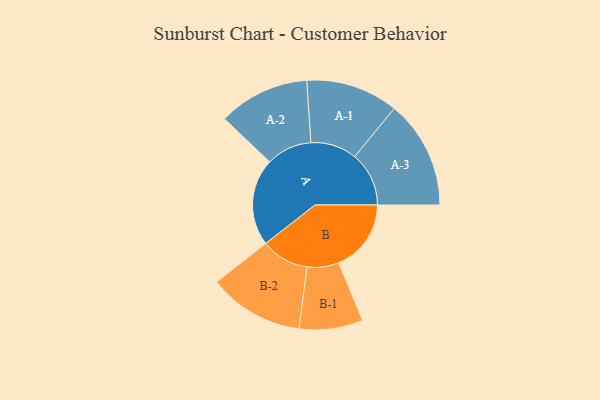
{"axis": {"x": "Segment", "y": "Value"}, "legend": ["", "A", "B"], "data": [{"x": "A", "y": 438, "type": ""}, {"x": "B", "y": 363, "type": ""}, {"x": "A-1", "y": 232, "type": "A"}, {"x": "A-2", "y": 229, "type": "A"}, {"x": "A-3", "y": 272, "type": "A"}, {"x": "B-1", "y": 160, "type": "B"}, {"x": "B-2", "y": 240, "type": "B"}]}